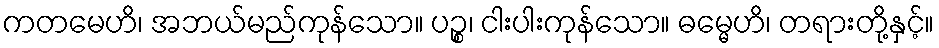
ကတမေဟိ၊ အဘယ်မည်ကုန်သော။ ပဉ္စ၊ ငါးပါးကုန်သော။ ဓမ္မေဟိ၊ တရားတို့နှင့်။